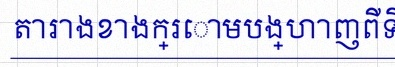
តារាងខាងក្រោមបង្ហាញពីទិន្នន័យ